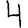
Digit: 4